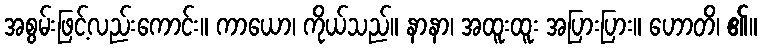
အစွမ်းဖြင့်လည်းကောင်း။ ကာယော၊ ကိုယ်သည်။ နာနာ၊ အထူးထူး အပြားပြား။ ဟောတိ၊ ၏။